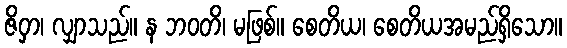
ဇိဝှာ၊ လျှာသည်။ န ဘဝတိ၊ မဖြစ်။ စေတိယ၊ စေတိယအမည်ရှိသော။